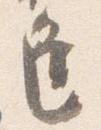
逢